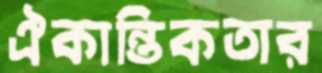
ঐকান্তিকতার